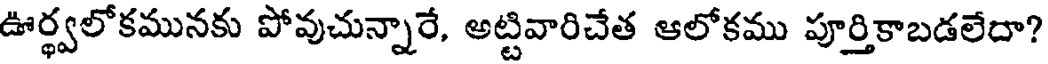
ఊర్థ్వలోకమునకు పోవుచున్నారే, అట్టివారిచేత ఆలోకము పూర్తికాబడలేదా?